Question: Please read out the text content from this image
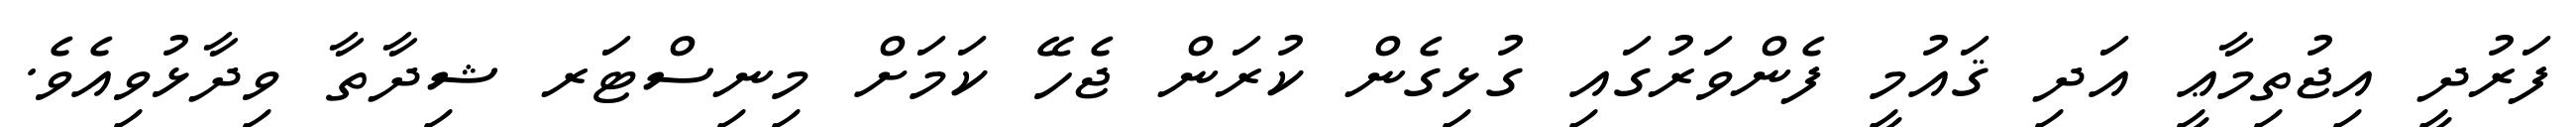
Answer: ފަރުދީ އިޖުތިމާޢީ އަދި ޤައުމީ ފެންވަރުގައި ގުޅިގެން ކުރަން ޖެހޭ ކަމަށް މިނިސްޓަރ ޝިދާތާ ވިދާޅުވިއެވެ.